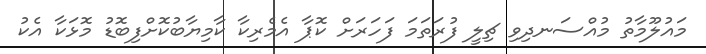
މައުލޫމާތު މުއްސަނދިވި ޗިލީ ފުރަތަމަ ފަހަރަށް ކޮޕާ އެމެރިކާ ކާމިޔާބުކޮށްފިބޮޑު މޮޅަކާ އެކު